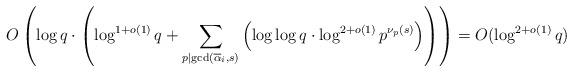
LaTeX: \begin{align*}O\left(\log{q}\cdot\left(\log^{1+o(1)}{q}+\sum_{p\mid\gcd(\overline{\alpha}_i,s)}{\left(\log\log{q}\cdot\log^{2+o(1)}{p^{\nu_p(s)}}\right)}\right)\right)=O(\log^{2+o(1)}{q})\end{align*}